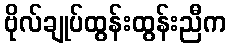
ဗိုလ်ချုပ်ထွန်းထွန်းညီက